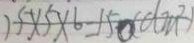
1 5 \times 5 \times 6 = 1 5 0 ( d m ^ { 2 } )